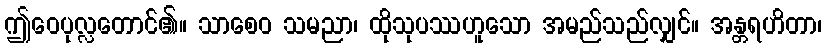
ဤဝေပုလ္လတောင်၏။ သာစေဝ သမညာ၊ ထိုသုပဿဟူသော အမည်သည်လျှင်။ အန္တရဟိတာ၊